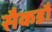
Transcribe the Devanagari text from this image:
सैकडौं